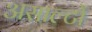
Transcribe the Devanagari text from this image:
असाल्टों